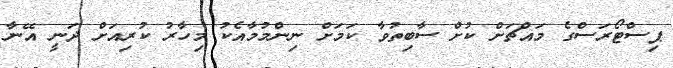
ޕިސްޓޯރަސްގެ މައްޗަށް ކުށް ސާބިތުވާ ކަމަށް ނިންމުމާއެކު މިހާރު ކުރިއަށް ދަނީ އޭނާ